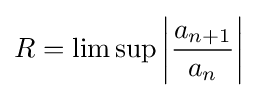
R=\lim \sup \left|{\frac {a_{n+1}}{a_{n}}}\right|